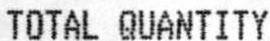
TOTAL QUANTITY